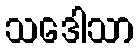
သဒေါသာ